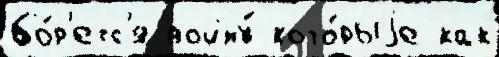
бо́р'етс'я войну́ кото́рыjе как